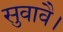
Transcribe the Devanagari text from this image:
सुवावै।